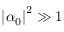
{ { \left| { { \alpha } _ { 0 } } \right| } ^ { 2 } } \gg 1